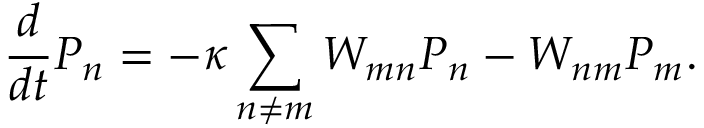
\frac { d } { d t } P _ { n } = - \kappa \sum _ { n \neq m } W _ { m n } P _ { n } - W _ { n m } P _ { m } .